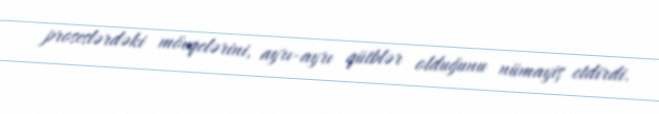
proseslərdəki mövqelərini, ayrı-ayrı qütblər olduğunu nümayiş etdirdi.